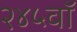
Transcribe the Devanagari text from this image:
२४५वॉ